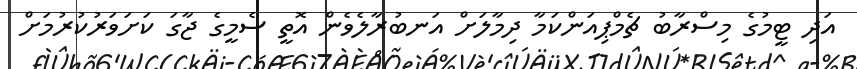
އަދި ޓީމުގެ މިސްރާބު ޗެމްޕިއަންކަމާ ދިމާލަށް އަނބުރާލެވެން އޮތީ ސެމީގެ ޖާގަ ކަށަވަރުކުރުމަށް